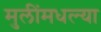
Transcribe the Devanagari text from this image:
मुलींमधल्या